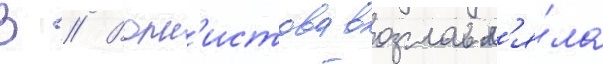
В // Волн'истова возглавл'я́ла